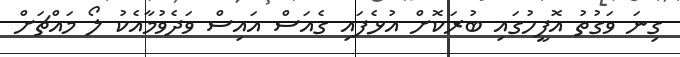
ގިނަ ވަގުތު އޮފީހުގައި ބުރަކޮށް އުޅެފައި ގެއަސް އައިސް ވަދެވުމާއެކު ލޯ މައްޗަށް